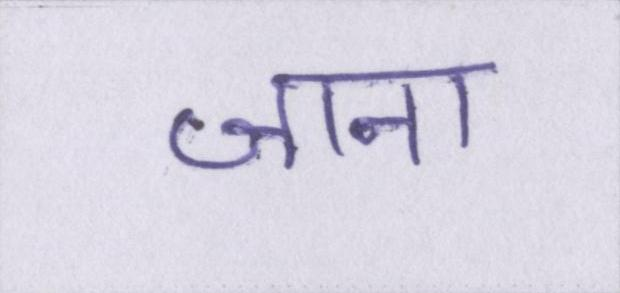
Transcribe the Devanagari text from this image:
जाना